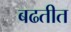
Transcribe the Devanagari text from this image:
बढतीत